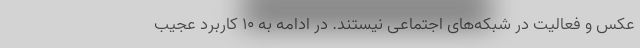
عکس و فعالیت در شبکه‌های اجتماعی نیستند. در ادامه به ۱۰ کاربرد عجیب